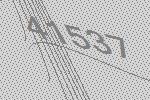
41537